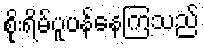
စိုးရိမ်ပူပန်နေကြသည်